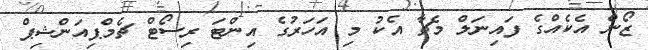
ޒޯން އެކެއްގެ ފައިނަލް މެޗާ އެކު މި އަހަރުގެ އިންޓަ ރިސޯޓް ޗެމްޕިއަންޝިޕް